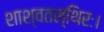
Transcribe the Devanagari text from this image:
शाश्वतस्थिरः।